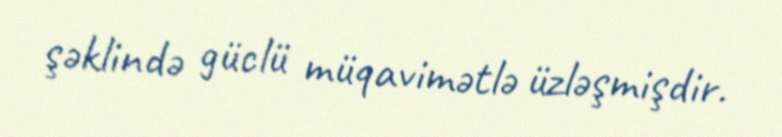
şəklində güclü müqavimətlə üzləşmişdir.